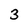
Character: 3